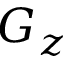
G _ { z }